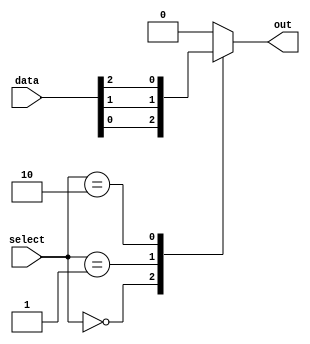
module mux256_1(input [255:0] data,
                 input [7:0] select,
                 output reg out);

always @ (*)
begin
    case (select)
        8'b00000000: out = data[0];
        8'b00000001: out = data[1];
        8'b00000010: out = data[2];
        // Add cases for all 256 input signals
        default: out = 1'b0; // Default case select signal that is not within the 256 range
    endcase
end

endmodule